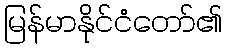
မြန်မာနိုင်ငံတော်၏